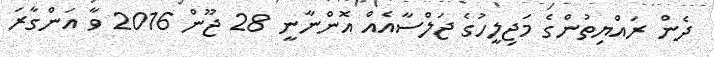
ދެން ރައްޔިތުންގެ މަޖިލީހުގެ ޖަލްސާއެއް އޮންނާނީ 28 ޖޫން 2016 ވާ އަންގާރަ